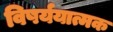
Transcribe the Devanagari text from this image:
विषर्ययात्मक